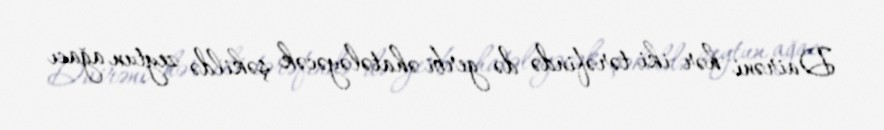
Dairəni hər iki tərəfində də gerbi əhatələyəcək şəkildə zeytun ağacı